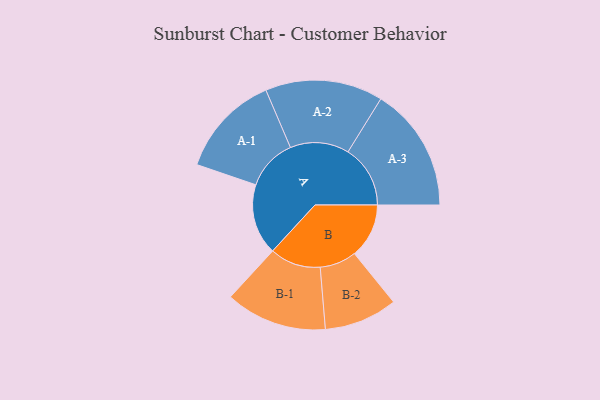
{"axis": {"x": "Segment", "y": "Value"}, "legend": ["", "A", "B"], "data": [{"x": "A", "y": 265, "type": ""}, {"x": "B", "y": 204, "type": ""}, {"x": "A-1", "y": 192, "type": "A"}, {"x": "A-2", "y": 220, "type": "A"}, {"x": "A-3", "y": 233, "type": "A"}, {"x": "B-1", "y": 190, "type": "B"}, {"x": "B-2", "y": 137, "type": "B"}]}